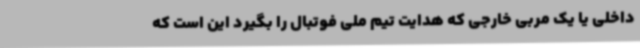
داخلی یا یک مربی خارجی که هدایت تیم ملی فوتبال را بگیرد این است که